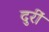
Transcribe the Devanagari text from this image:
दुरीं